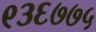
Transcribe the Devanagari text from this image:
९३६७७५